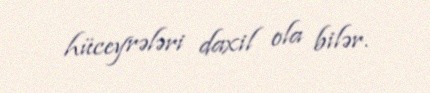
hüceyrələri daxil ola bilər.